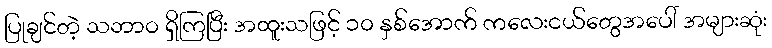
ပြုချင်တဲ့ သဘာဝ ရှိကြပြီး အထူးသဖြင့် ၁၀ နှစ်အောက် ကလေးငယ်တွေအပေါ် အများဆုံး